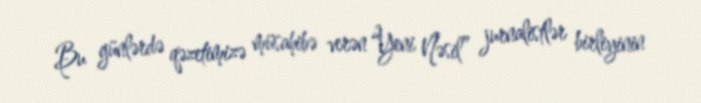
Bu günlərdə qəzetimizə müsahibə verən “Yeni Nəsil” jurnalistlər birliyinin